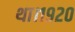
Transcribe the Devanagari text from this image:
था।१९२०